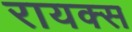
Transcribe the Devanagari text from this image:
रायक्स